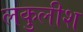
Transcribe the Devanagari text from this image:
लकुलीश